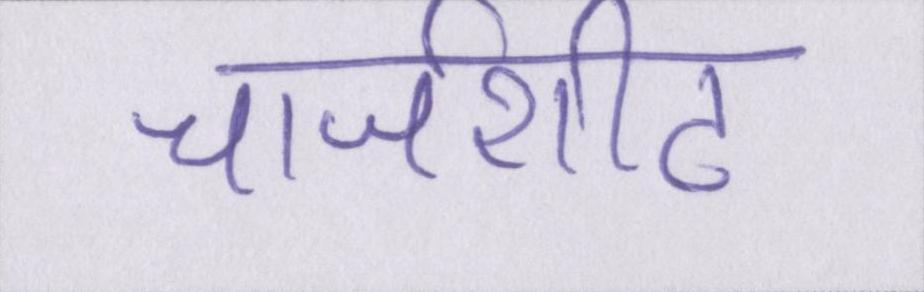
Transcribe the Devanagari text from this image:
चार्जशीट